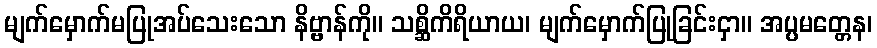
မျက်မှောက်မပြုအပ်သေးသော နိဗ္ဗာန်ကို။ သစ္ဆိကိရိယာယ၊ မျက်မှောက်ပြုခြင်းငှာ။ အပ္ပမတ္တေန၊